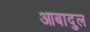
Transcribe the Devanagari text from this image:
आबादुल